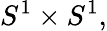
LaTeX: S^{1}\times S^{1},